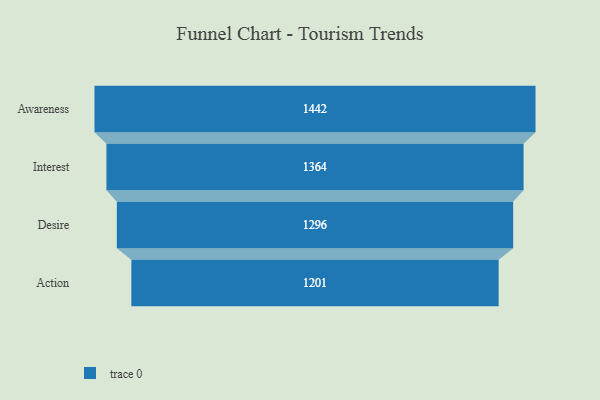
{"axis": {"x": "Stage", "y": "Value"}, "legend": [""], "data": [{"x": "Awareness", "y": 1442.0, "type": ""}, {"x": "Interest", "y": 1364.0, "type": ""}, {"x": "Desire", "y": 1296.0, "type": ""}, {"x": "Action", "y": 1201.0, "type": ""}]}